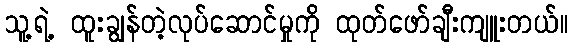
သူ့ရဲ့ ထူးချွန်တဲ့လုပ်ဆောင်မှုကို ထုတ်ဖော်ချီးကျူးတယ်။